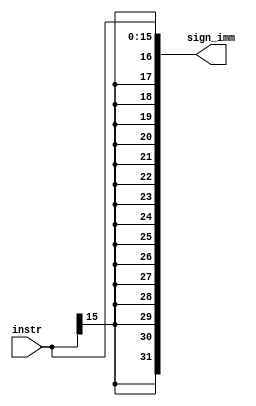
module sign_extend(
	input [15:0] instr,
	output [31:0] sign_imm
);
	assign sign_imm = {{16{instr[15]}},instr};
endmodule